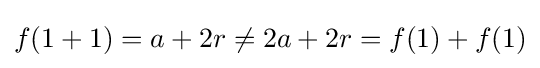
f(1+1)=a+2r\neq 2a+2r=f(1)+f(1)